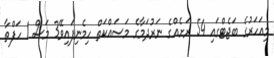
މިއަހަރުގެ ބަޖެޓްގައި 54 ރަށެއްގެ ނަރުދަމާގެ މަސައްކަތް ހިމެނިފައިވޭ3 މަސް 1 ހަފްތާ